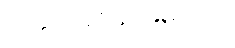
ထိခိုက်နစ်နာမှုများကို